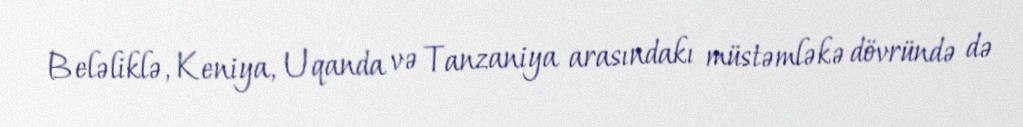
Beləliklə, Keniya, Uqanda və Tanzaniya arasındakı müstəmləkə dövründə də